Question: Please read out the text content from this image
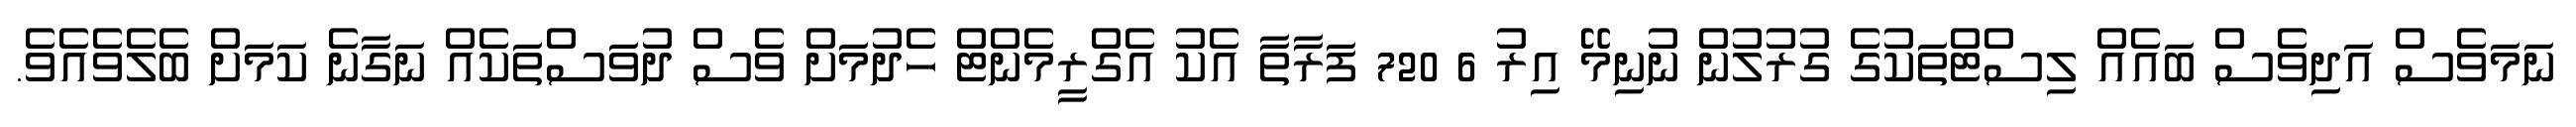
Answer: ނަމަވެސް އަދިވެސް ބައެއް ލިސްޓްތަކުގެ ގުރުލުން ނުނިމޭ އިރު 6 720 ފަރާތާ އެކު އެގްރީމެންޓް ހެދުމަށް ވެސް ދުވަސްތަކެއް ނަގާނެ ކަމަށް ބެލެވެއެވެ.